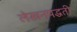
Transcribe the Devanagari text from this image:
लेखनपद्धती